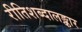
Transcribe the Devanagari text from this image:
रीतिशब्दालङ्कार